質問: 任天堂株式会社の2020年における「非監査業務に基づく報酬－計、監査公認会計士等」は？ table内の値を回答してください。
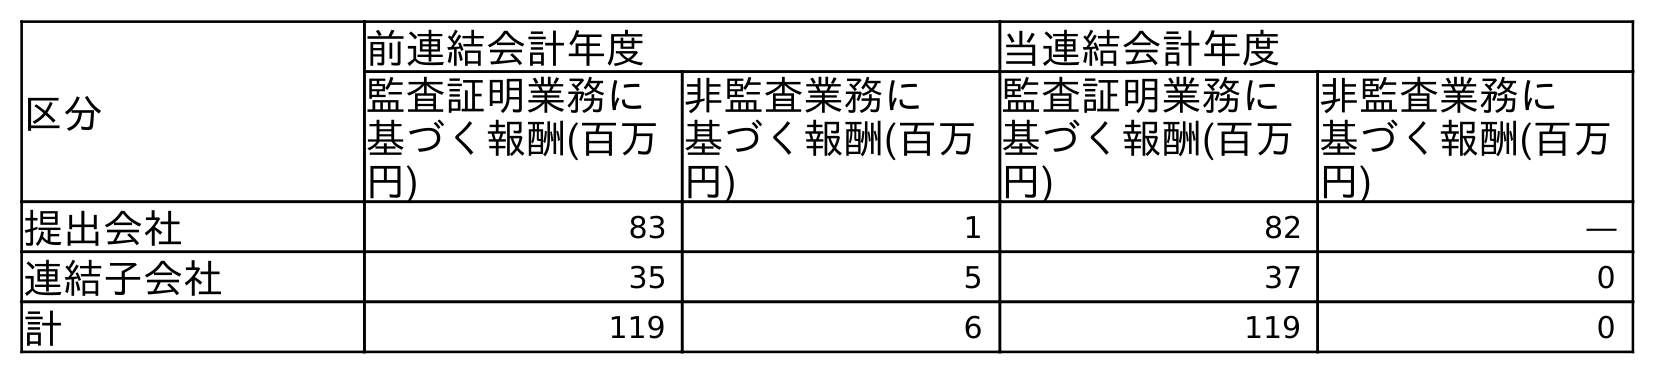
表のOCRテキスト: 区分 前連結会計年度 当連結会計年度 監査証明業務に 基づく報酬(百万 円) 非監査業務に 基づく報酬(百万 円) 監査証明業務に 基づく報酬(百万 円) 非監査業務に 基づく報酬(百万 円) 提出会社 83 1 82 ― 連結子会社 35 5 37 0 計 119 6 119 0
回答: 0